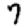
Digit: 7